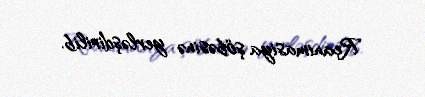
Reanimasiya şöbəsinə yerləşdirilib.